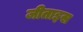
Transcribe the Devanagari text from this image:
जीताइस